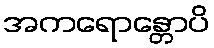
အကရောန္တောပိ